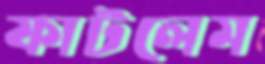
ফাটলেম